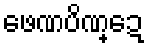
ဖေဏပိဏ္ဍေ